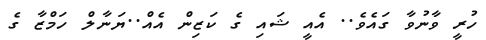
ހުރީ ވާނުވާ ގައެވެ.. އެއީ ޝައި ގެ ކަޒިން އެއް..ޔަނާލް ހަމްޒާ ގެ